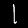
Label: 1